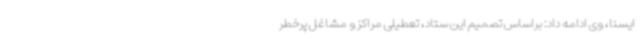
ایسنا، وی ادامه داد: براساس تصمیم این ستاد، تعطیلی مراکز و مشاغل پرخطر